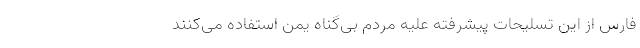
فارس از این تسلیحات پیشرفته علیه مردم بی‌گناه یمن استفاده می‌کنند